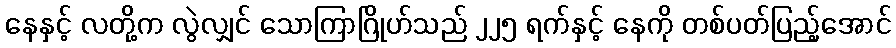
နေနှင့် လတို့က လွဲလျှင် သောကြာဂြိုဟ်သည် ၂၂၅ ရက်နှင့် နေကို တစ်ပတ်ပြည့်အောင်